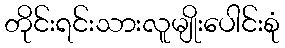
တိုင်းရင်းသားလူမျိုးပေါင်းစုံ